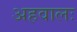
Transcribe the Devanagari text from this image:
अहवालः